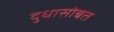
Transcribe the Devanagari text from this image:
दुधासोबत